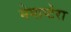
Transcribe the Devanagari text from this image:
मेगाप्टेरा